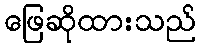
ဖြေဆိုထားသည်